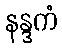
နန္ဒကံ